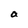
Character: a